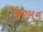
જરમન